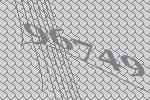
96749